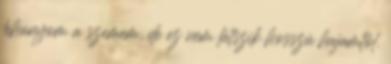
lehunyom a szemem, de ez nem látszik hosszú hajamtól.